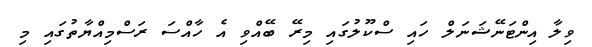
ވިލާ އިންޓަނޭޝަނަލް ހައި ސްކޫލުގައި މިރޭ ބޭއްވި އެ ހާއްސަ ރަސްމިއްޔާތުގައި މި